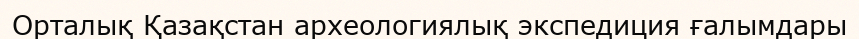
Орталық Қазақстан археологиялық экспедиция ғалымдары